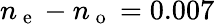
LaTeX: n_{\mathrm{~e~}}-n_{\mathrm{~o~}}=0.007